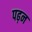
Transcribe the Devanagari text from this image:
पढ़न